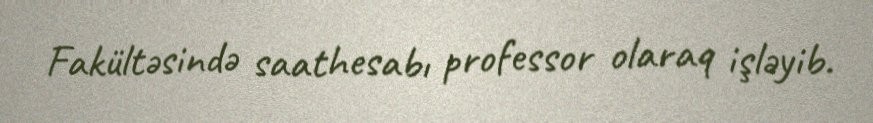
Fakültəsində saathesabı professor olaraq işləyib.